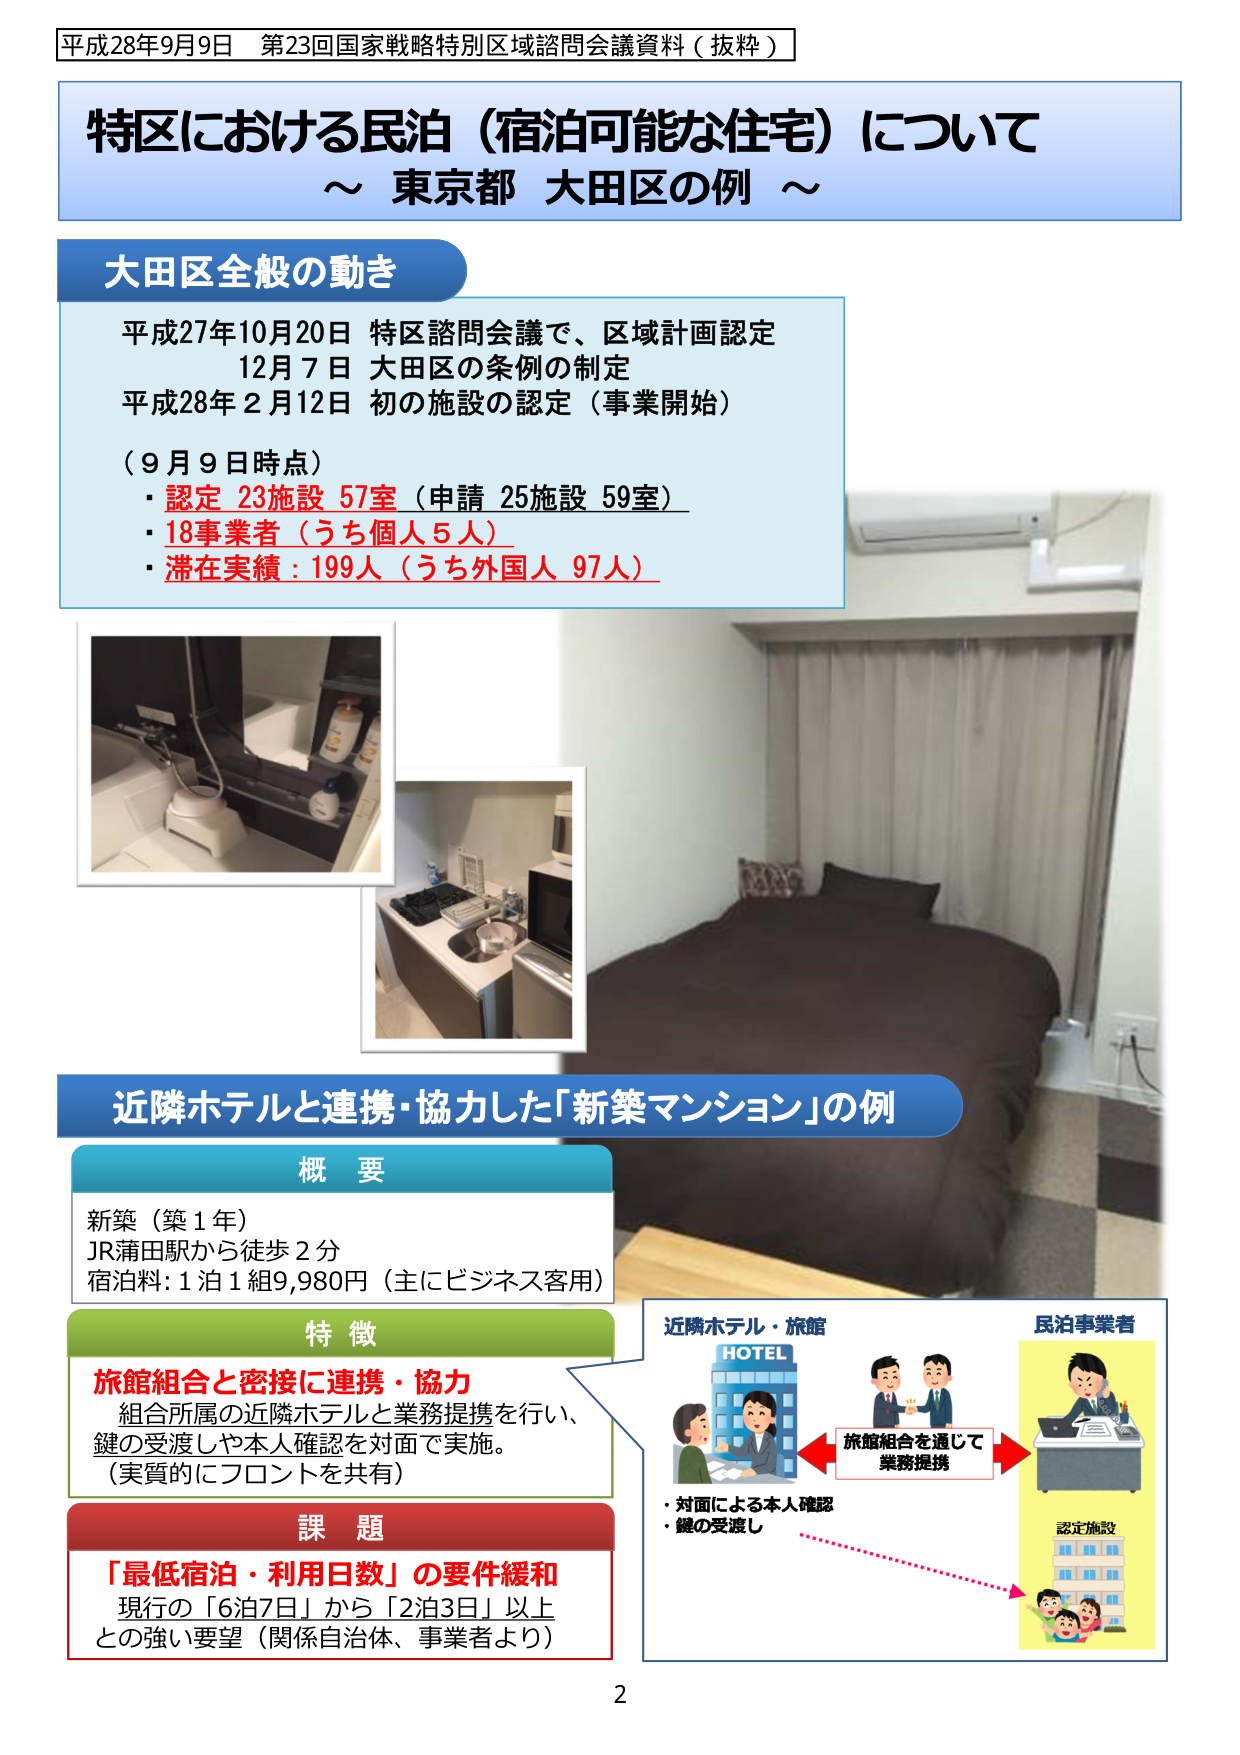
平成28年9月9日 第23回国家戦略特別区域諮問会議資料（抜粋）

特区における民泊（宿泊可能な住宅）について
～ 東京都 大田区の例 ～

大田区全般の動き
平成27年10月20日 特区諮問会議で、区域計画認定
12月7日 大田区の条例の制定
平成28年2月12日 初の施設の認定（事業開始）

（9月9日時点）
・認定 23施設 57室（申請 25施設 59室）
・18事業者（うち個人5人）
・滞在実績：199人（うち外国人 97人）

近隣ホテルと連携・協力した「新築マンション」の例

概要
新築（築1年）
JR蒲田駅から徒歩2分
宿泊料：1泊1組9,980円（主にビジネス客用）

特徴
旅館組合と密接に連携・協力
組合所属の近隣ホテルと業務提携を行い、
鍵の受渡しや本人確認を対面で実施。
（実質的にフロントを共有）

課題
「最低宿泊・利用日数」の要件緩和
現行の「6泊7日」から「2泊3日」以上
との強い要望（関係自治体、事業者より）

近隣ホテル・旅館
HOTEL
旅館組合を通じて
業務提携
・対面による本人確認
・鍵の受渡し

民泊事業者
認定施設

2